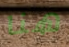
هنا